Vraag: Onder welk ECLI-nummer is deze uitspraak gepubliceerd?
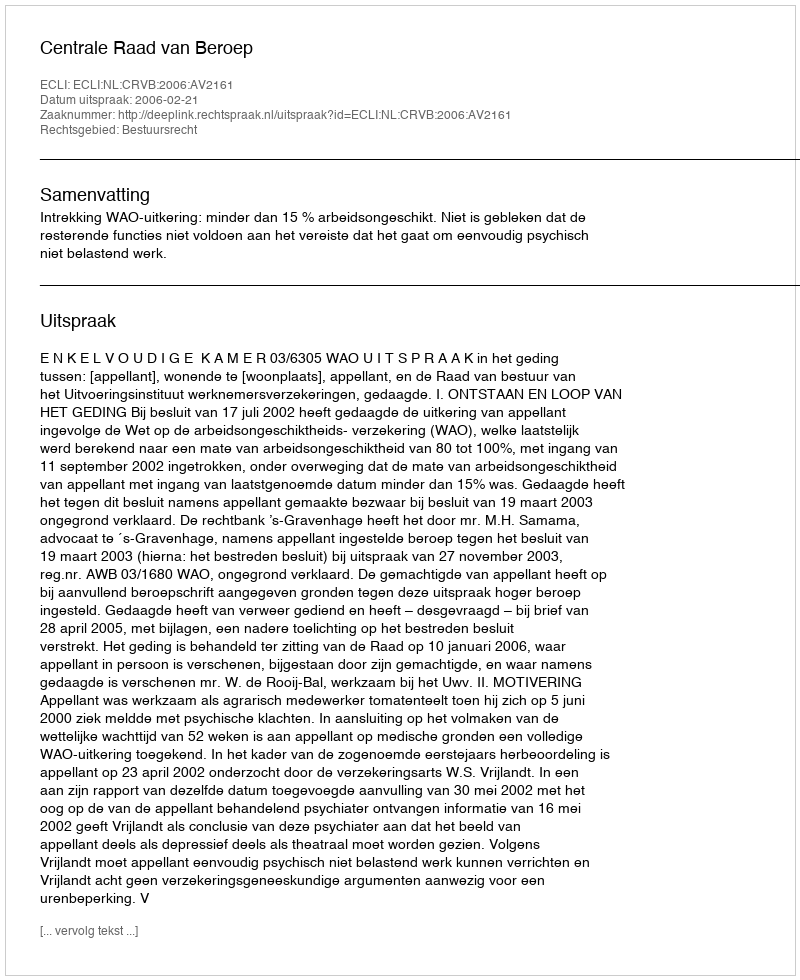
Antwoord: ECLI:NL:CRVB:2006:AV2161